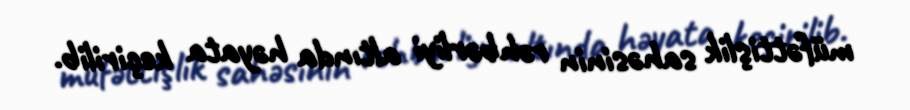
müfəttişlik sahəsinin rəhbərliyi altında həyata keçirilib.